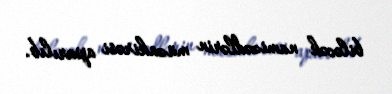
biləcək namizədlərin müzakirəsi aparılıb.